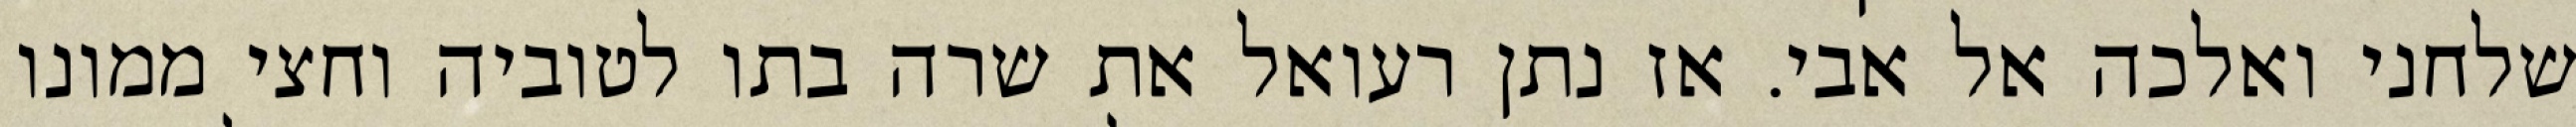
שלחני ואלכה אל אבי. אז נתן רעואל את שרה בתו לטוביה וחצי ממונו